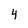
Character: 4